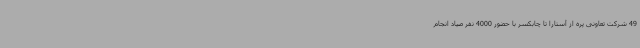
49 شرکت تعاونی پره از آستارا تا چابکسر با حضور 4000 نفر صیاد انجام